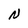
Character: N